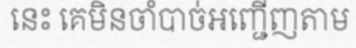
នេះ គេមិនចាំបាច់អញ្ជើញតាម